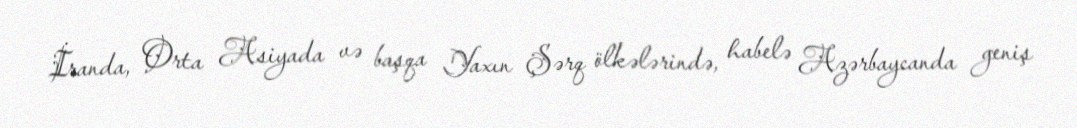
İranda, Orta Asiyada və başqa Yaxın Şərq ölkələrində, habelə Azərbaycanda geniş